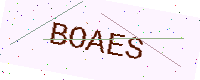
Text: BOAES